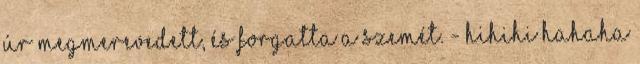
úr megmerevedett, és forgatta a szemét. - Hihihi Hahaha